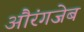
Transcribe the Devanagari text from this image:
अौरंगजेब